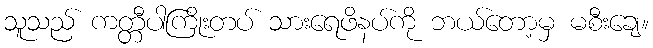
သူသည် ကတ္တီပါကြိုးတပ် သားရေဖိနပ်ကို ဘယ်တော့မှ မစီးချေ။